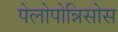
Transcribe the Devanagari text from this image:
पेलोपोन्निसोस